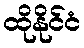
ထိုနိုင်ငံ